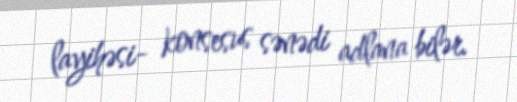
layihəsi- konsesus sənədi adlana bilər.